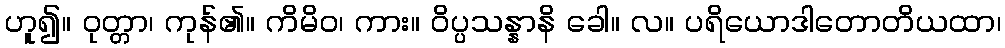
ဟူ၍။ ဝုတ္တာ၊ ကုန်၏။ ကိမိဝ၊ ကား။ ဝိပ္ပသန္နာနိ ခေါ။ လ။ ပရိယောဒါတောတိယထာ၊